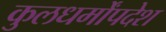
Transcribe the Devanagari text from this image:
कुलधर्मोंपदेश